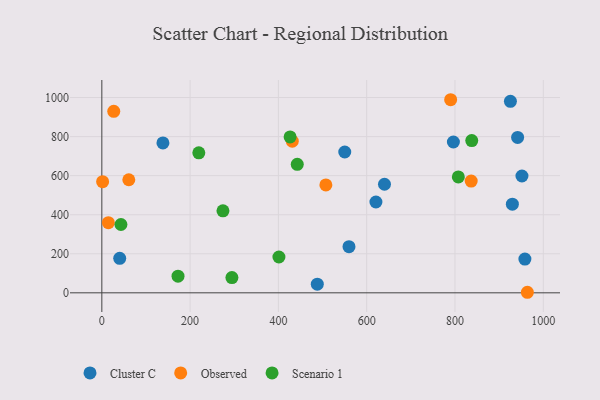
{"axis": {"x": "Study Hours", "y": "Salary"}, "legend": ["Cluster C", "Observed", "Scenario 1"], "data": [{"x": "951.7", "y": 598.2, "type": "Cluster C"}, {"x": "930.0", "y": 454.1, "type": "Cluster C"}, {"x": "488.1", "y": 44.4, "type": "Cluster C"}, {"x": "620.9", "y": 465.1, "type": "Cluster C"}, {"x": "138.4", "y": 767.5, "type": "Cluster C"}, {"x": "559.9", "y": 236.4, "type": "Cluster C"}, {"x": "640.3", "y": 555.9, "type": "Cluster C"}, {"x": "40.5", "y": 176.8, "type": "Cluster C"}, {"x": "941.9", "y": 795.6, "type": "Cluster C"}, {"x": "925.6", "y": 980.7, "type": "Cluster C"}, {"x": "958.4", "y": 173.0, "type": "Cluster C"}, {"x": "796.4", "y": 772.3, "type": "Cluster C"}, {"x": "550.3", "y": 721.1, "type": "Cluster C"}, {"x": "836.7", "y": 572.1, "type": "Observed"}, {"x": "61.1", "y": 579.0, "type": "Observed"}, {"x": "27.0", "y": 929.4, "type": "Observed"}, {"x": "431.4", "y": 776.7, "type": "Observed"}, {"x": "14.8", "y": 359.1, "type": "Observed"}, {"x": "964.0", "y": 2.8, "type": "Observed"}, {"x": "790.2", "y": 988.9, "type": "Observed"}, {"x": "507.5", "y": 552.7, "type": "Observed"}, {"x": "1.8", "y": 569.2, "type": "Observed"}, {"x": "442.7", "y": 658.1, "type": "Scenario 1"}, {"x": "274.4", "y": 420.1, "type": "Scenario 1"}, {"x": "807.6", "y": 593.6, "type": "Scenario 1"}, {"x": "838.0", "y": 779.8, "type": "Scenario 1"}, {"x": "219.7", "y": 717.1, "type": "Scenario 1"}, {"x": "294.7", "y": 78.1, "type": "Scenario 1"}, {"x": "43.3", "y": 349.9, "type": "Scenario 1"}, {"x": "426.5", "y": 798.2, "type": "Scenario 1"}, {"x": "401.2", "y": 183.4, "type": "Scenario 1"}, {"x": "172.6", "y": 85.4, "type": "Scenario 1"}]}